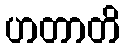
ဟတာတိ